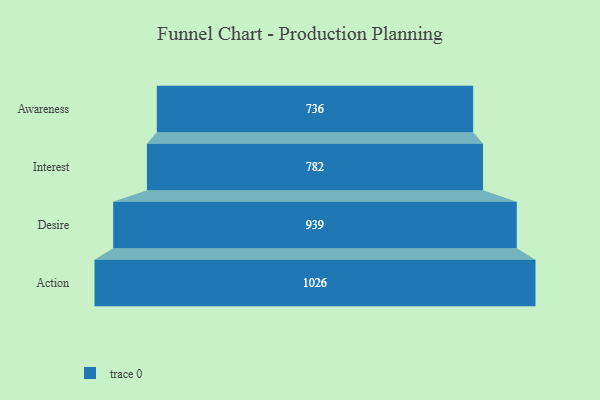
{"axis": {"x": "Stage", "y": "Value"}, "legend": [""], "data": [{"x": "Awareness", "y": 736.0, "type": ""}, {"x": "Interest", "y": 782.0, "type": ""}, {"x": "Desire", "y": 939.0, "type": ""}, {"x": "Action", "y": 1026.0, "type": ""}]}